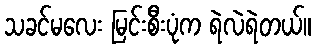
သခင်မလေး မြင်းစီးပုံက ရဲလဲရဲတယ်။